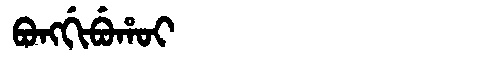
Manchu: ᠪᠣᠩᡤᡳᠪᡠᡥᠣᡳ
Romanization: BONGGIBUHOI